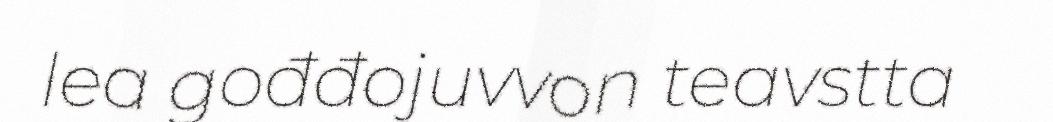
lea gođđojuvvon teavstta